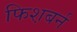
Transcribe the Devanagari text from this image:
फिश़बर्न